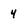
Character: 4